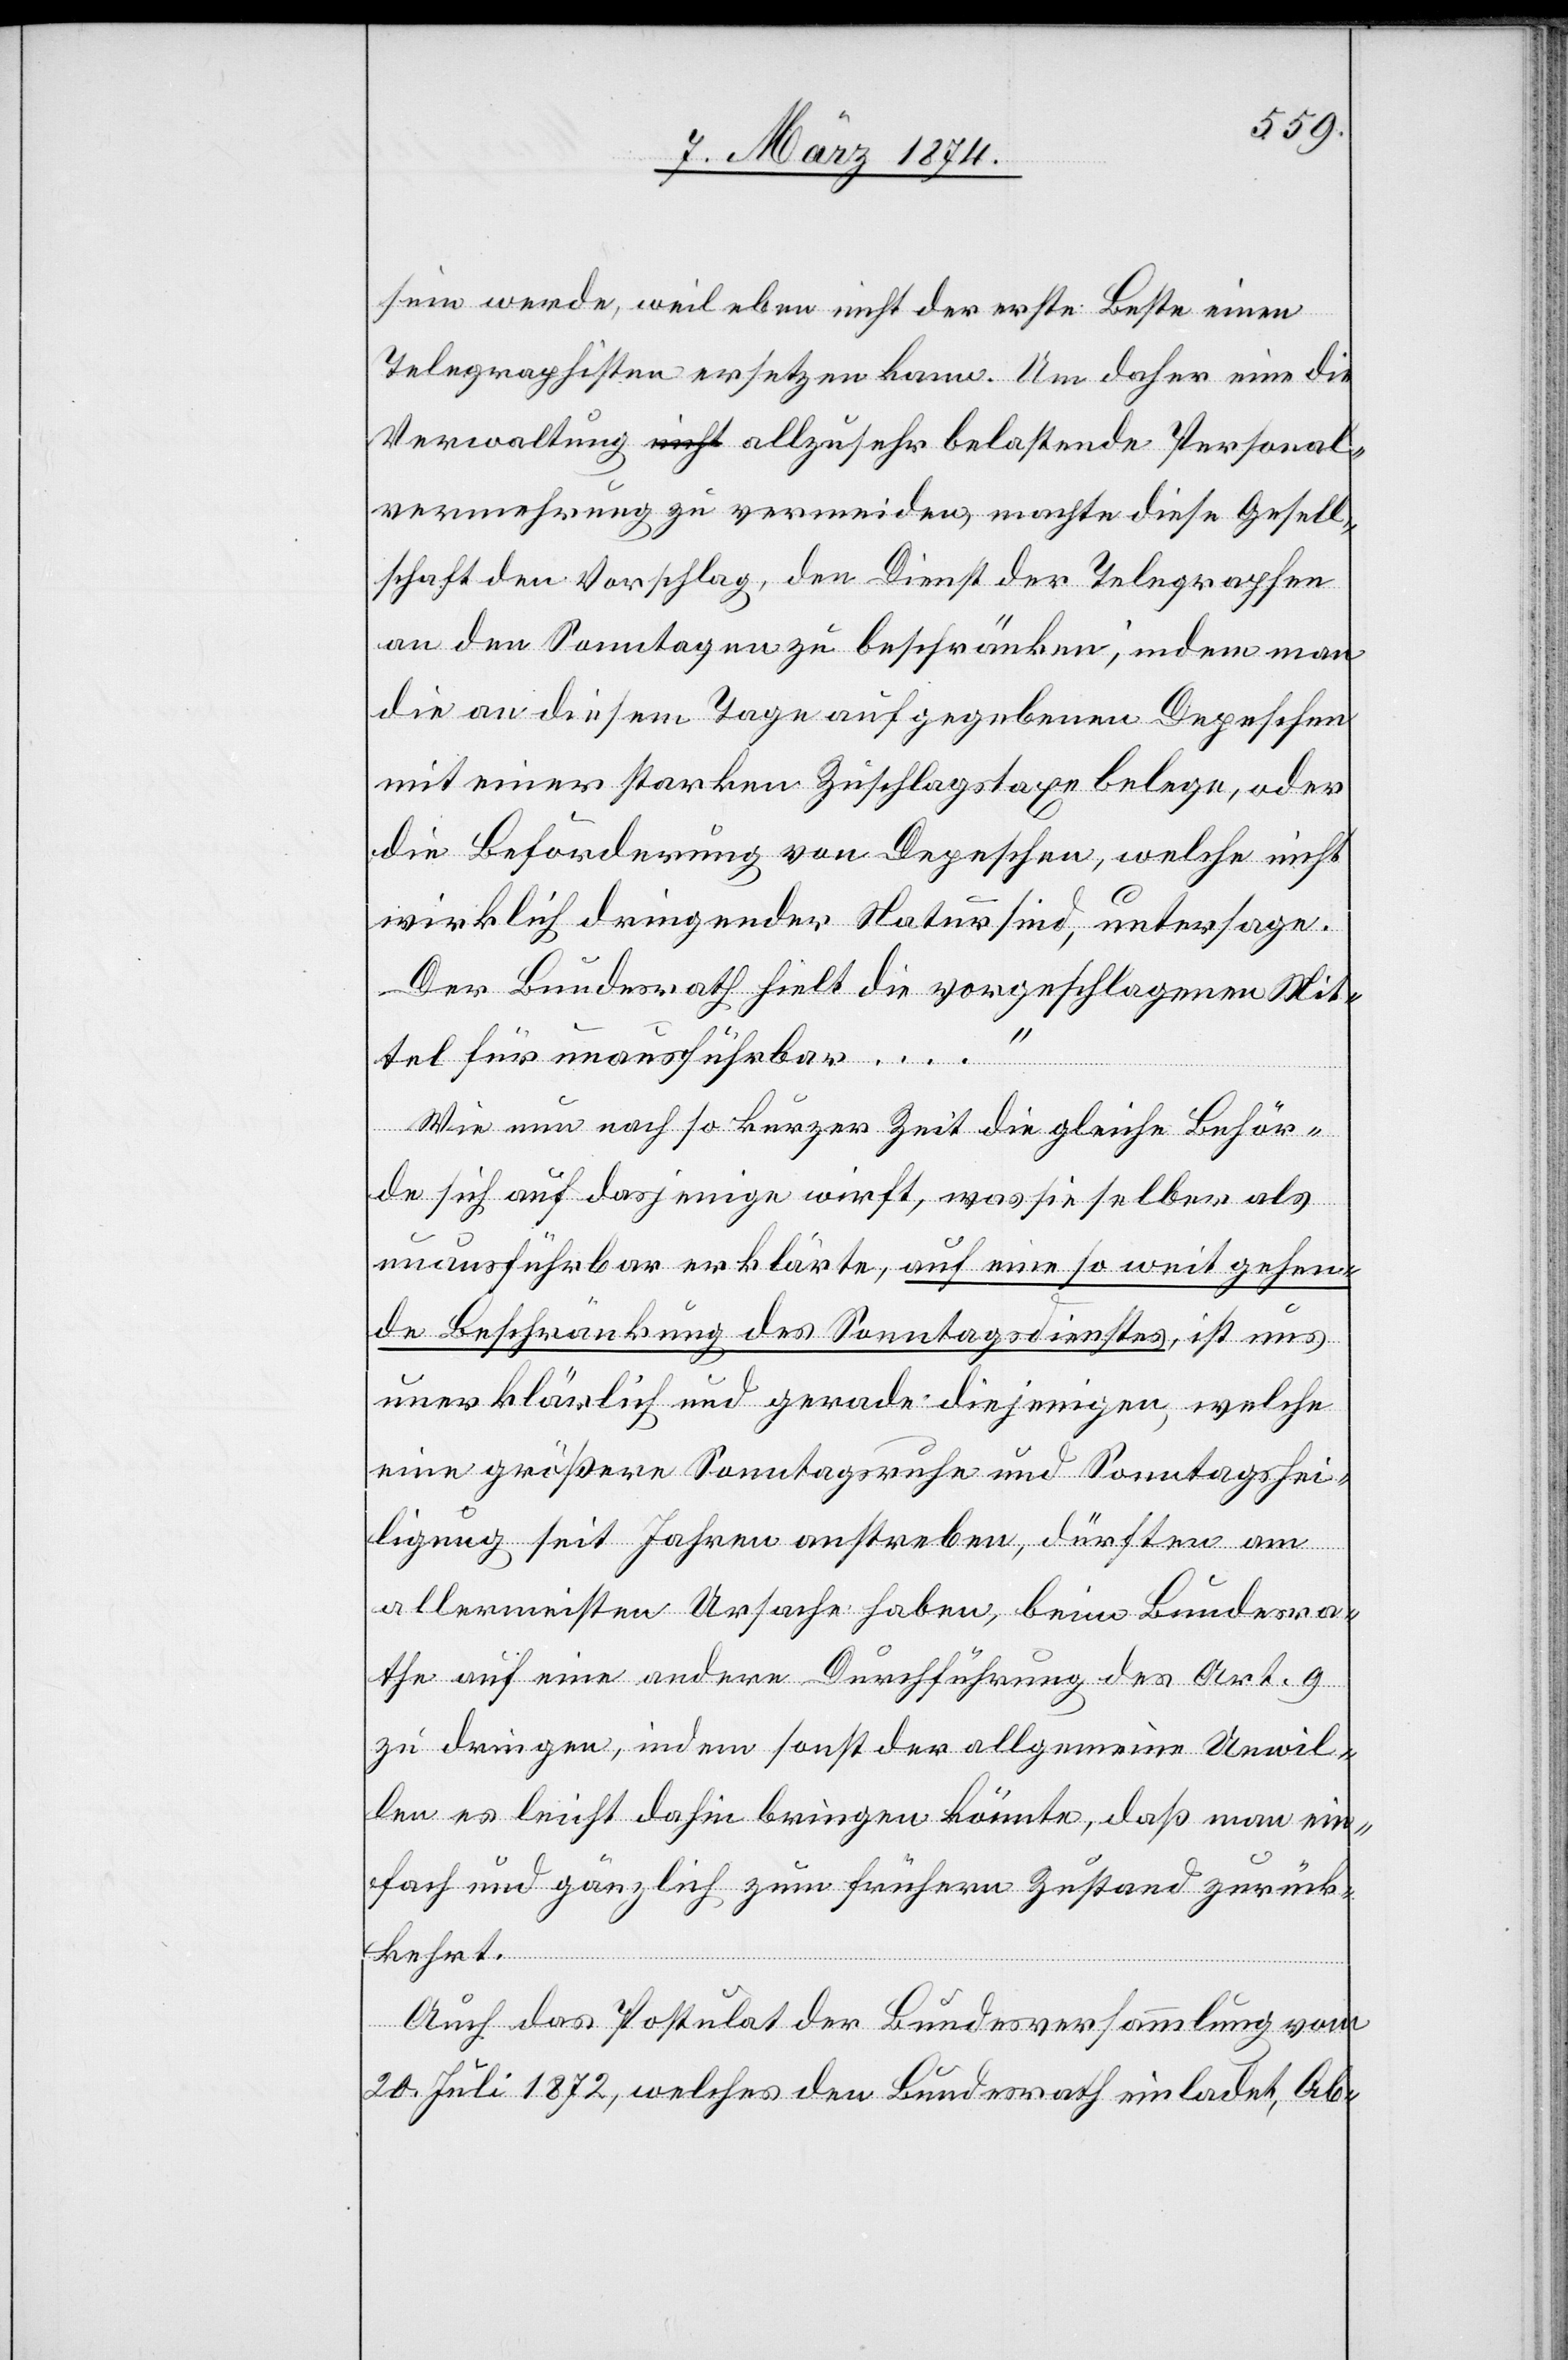
sein werde, weil eben nicht der erste Beste einen
Telegraphisten ersetzen kann. Um daher eine die
Verwaltung allzusehr belastende Personal¬
vermehrung zu vermeiden, machte diese Gesell¬
schaft den Vorschlag, den Dienst der Telegraphen
an den Sonntagen zu beschränken, indem man
die an diesem Tage auf gegebenen Depeschen
mit einer starken Zuschlagstaxe belege, oder
die Beförderung von Depeschen, welche nicht
wirklich dringender Natur sind, untersage.
Der Bundesrath die vorgeschlagenen Mit¬
tel für unausführbar …“
Wie nun nach so kurzer Zeit die gleiche Behör¬
de sich auf dasjenige wirft, was sie selber als
unausführbar erklärte, auf eine so weit gehen¬
de Beschränkung des Sonntagsdienstes, ist uns
unerklärlich und gerade diejenigen, welche
eine größere Sonntagsruhe und Sonntagshei¬
ligung seit Jahren anstreben, dürften am
allermeisten Ursache haben, beim Bundesra¬
the auf eine andere Durchführung des Art. 9
zu dringen, indem sonst der allgemeine Unwil¬
len es leicht dahin bringen könnte, daß man ein¬
fach und gänzlich zum früheren Zustand zurück¬
kehrt.
Auch das Postulat der Bundesversammlung vom
20. Juli 1872, welches den Bundesrath einladet, Ab-